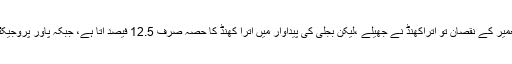
المیہ یہ ہے کہ ہائیڈرو پاور پروجیکٹس کی تعمیر کے نقصان تو اتراکھنڈ نے جھیلے ،لیکن بجلی کی پیداوار میں اترا کھنڈ کا حصہ صرف 12.5 فیصد آتا ہے، جبکہ پاور پروجیکٹس میں اتراکھنڈ کا منافع دوگنا کیا جاناچاہیے۔